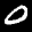
Label: 0